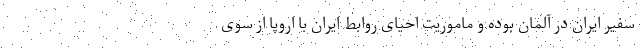
سفیر ایران در آلمان بوده و ماموریت احیای روابط ایران با اروپا از سوی